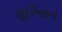
સૂરિનામ